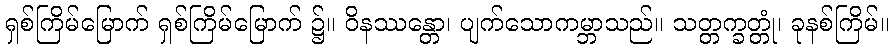
ရှစ်ကြိမ်မြောက် ရှစ်ကြိမ်မြောက် ၌။ ဝိနဿန္တော၊ ပျက်သောကမ္ဘာသည်။ သတ္တက္ခတ္တုံ၊ ခုနစ်ကြိမ်။